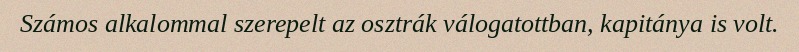
Számos alkalommal szerepelt az osztrák válogatottban, kapitánya is volt.